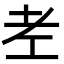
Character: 𦒳